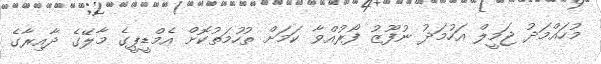
މުހައްމަދު ޖަމީލް އަހުމަދު ނުފޫޒު ފޯރުއްވާ ކަމަށް ތުހުމަތުކޮށް އެމްޑީޕީގެ މާލޭގެ ދާއިރާގެ